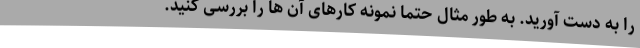
را به دست آورید. به طور مثال حتما نمونه کارهای آن ها را بررسی کنید.